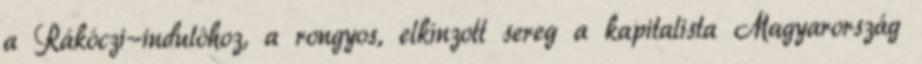
a Rákóczi-indulóhoz, a rongyos, elkínzott sereg a kapitalista Magyarország